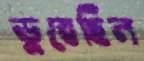
ডুবেছিল